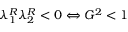
\lambda _ { 1 } ^ { R } \lambda _ { 2 } ^ { R } < 0 \Leftrightarrow G ^ { 2 } < 1